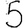
Digit: 5